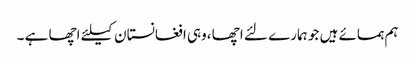
ہم ہمسائے ہیں جو ہمارے لئے اچھا ،وہی افغانستان کیلئے اچھا ہے ۔